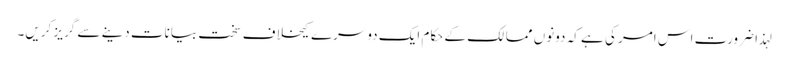
لہذا ضرورت اس امر کی ہے کہ دونوں ممالک کے حکام ایک دوسرے کیخلاف سخت بیانات دینے سے گریز کریں۔